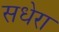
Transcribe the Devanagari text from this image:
सधेरा